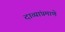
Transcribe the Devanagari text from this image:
दाव्यांप्रमाणे